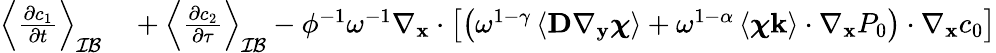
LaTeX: \begin{array}{rl}{\left\langle\frac{\partial c_{1}}{\partial t}\right\rangle_{\mathcal{IB}}}&{{}+\left\langle\frac{\partial c_{2}}{\partial\tau}\right\rangle_{\mathcal{IB}}-\phi^{-1}\omega^{-1}\nabla_{\mathbf{x}}\cdot\left[\left(\omega^{1-\gamma}\left\langle\textbf{D}\nabla_{\mathbf y}\boldsymbol\chi\right\rangle+\omega^{1-\alpha}\left\langle\boldsymbol\chi\mathbf k\right\rangle\cdot\nabla_{\mathbf x}P_{0}\right)\cdot\nabla_{\mathbf x}c_{0}\right]}\end{array}